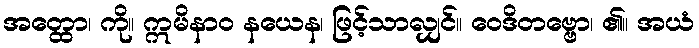
အတ္ထော၊ ကို။ ဣမိနာဝ နယေန၊ ဖြင့်သာလျှင်။ ဝေဒိတဗ္ဗော၊ ၏။ အယံ